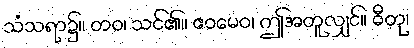
သံသရာ၌။ တဝ၊ သင်၏။ ဧဝမေဝ၊ ဤအတူလျှင်။ ဓီတု၊